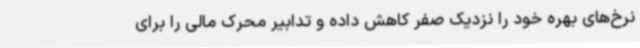
نرخ‌های بهره خود را نزدیک صفر کاهش داده و تدابیر محرک مالی را برای